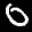
Label: 0